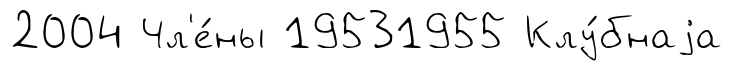
2004 Чл'е́ны 19531955 Клу́бнаjа